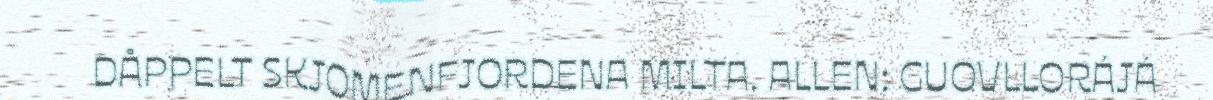
DÅPPELT SKJOMENFJORDENA MILTA. ALLEN: GUOVLLORÁJÁ